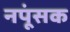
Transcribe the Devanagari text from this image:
नपूंसक